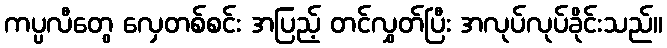
ကပ္ပလီတွေ လှေတစ်စင်း အပြည့် တင်လွှတ်ပြီး အလုပ်လုပ်ခိုင်းသည်။